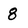
Character: 8